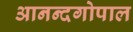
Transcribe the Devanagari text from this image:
आनन्दगोपाल